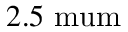
2 . 5 \mathrm { \ m u m }